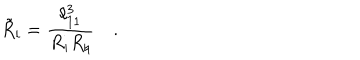
LaTeX: { \tilde { R } } _ { i } = { \frac { \ell _ { 1 1 } ^ { 3 } } { R _ { i } R _ { \natural } } } \quad .